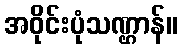
အဝိုင်းပုံသဏ္ဌာန်။